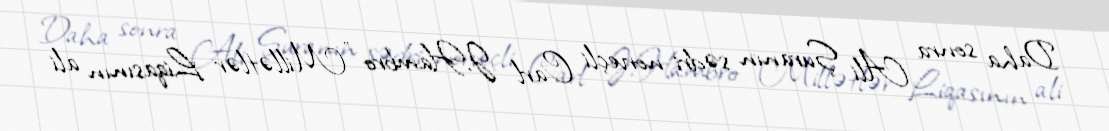
Daha sonra Ali Şuranın sədri norveçli Carl J.Hambro "Millətlər Liqasının ali